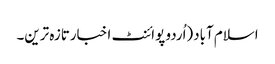
اسلام آباد(اُردو پوائنٹ اخبارتازہ ترین۔